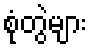
စုံတွဲများ